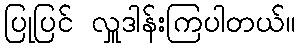
ပြုပြင် လှူဒါန်းကြပါတယ်။